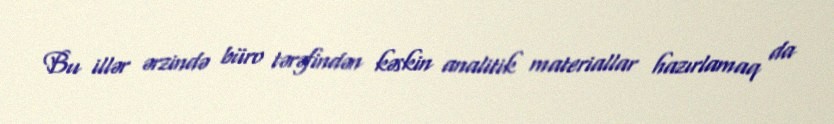
Bu illər ərzində büro tərəfindən kəskin analitik materiallar hazırlamaq da